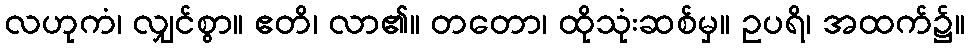
လဟုကံ၊ လျှင်စွာ။ ဧတိ၊ လာ၏။ တတော၊ ထိုသုံးဆစ်မှ။ ဥပရိ၊ အထက်၌။